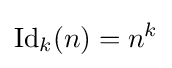
\operatorname {Id} _{k}(n)=n^{k}